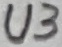
Text: U3